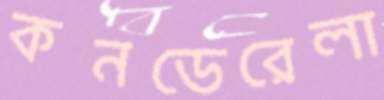
কনডেরেলা